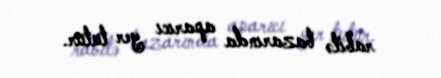
rabitə bazarında aparıcı yer tutur.